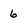
Character: 6